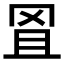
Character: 𦊕